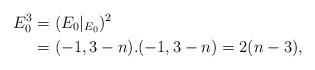
LaTeX: \begin{align*}E_0^3 &= (E_0|_{E_0})^2\\&= (-1,3-n).(-1,3-n) = 2(n-3),\end{align*}